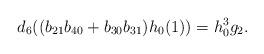
LaTeX: \begin{align*}d_6( (b_{21} b_{40} + b_{30} b_{31}) h_0(1) ) = h_0^3 g_2.\end{align*}